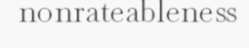
nonrateableness